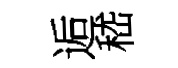
逅嵇